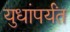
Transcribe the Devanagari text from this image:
युधांपर्यंत